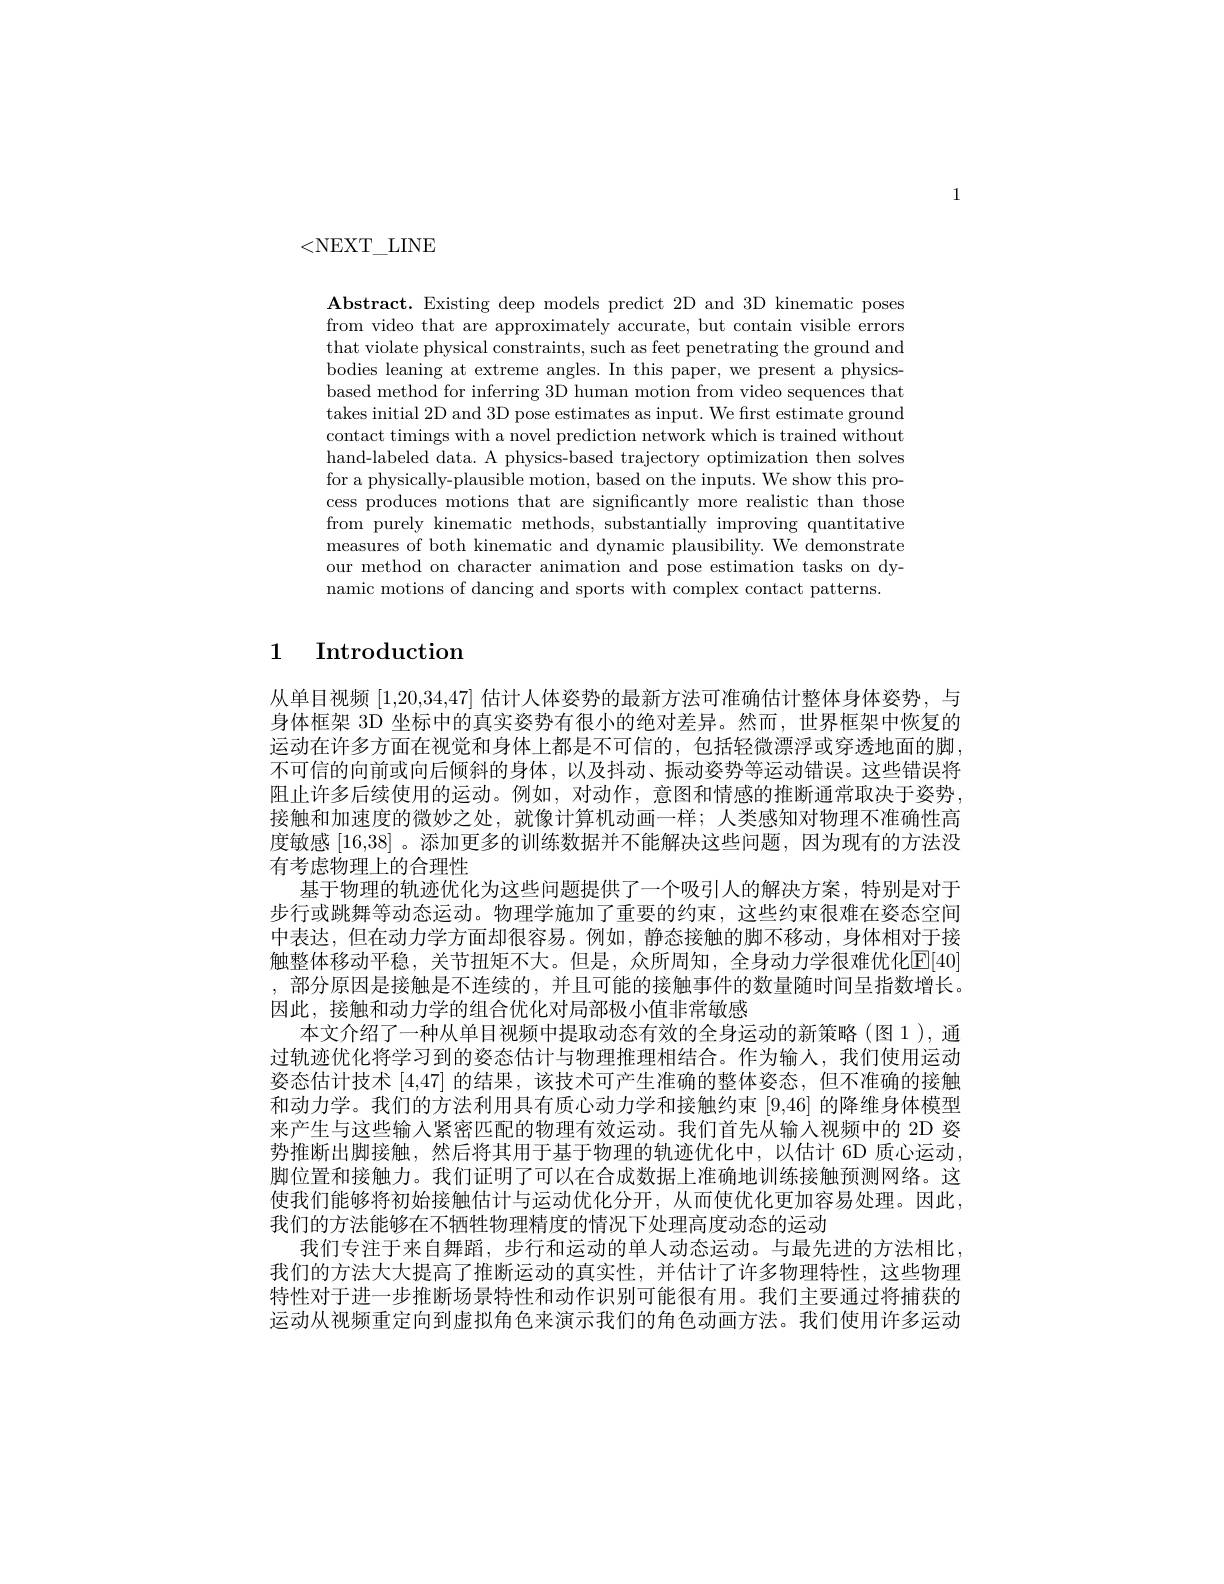
1

<NEXT\_LINE

$\textbf{Abstract. Existing deep models predict 2D and 3D kinematic poses}$ from video that are approximately accurate, but contain visible errors that violate physical constraints, such as feet penetrating the ground and bodies leaning at extreme angles. In this paper, we present a physicsbased method for inferring 3D human motion from video sequences that takes initial 2D and 3D pose estimates as input. We first estimate ground contact timings with a novel prediction network which is trained without hand-labeled data. A physics-based trajectory optimization then solves for a physically-plausible motion, based on the inputs. We show this process produces motions that are significantly more realistic than those from purely kinematic methods, substantially improving quantitative measures of both kinematic and dynamic plausibility. We demonstrate our method on character animation and pose estimation tasks on dynamic motions of dancing and sports with complex contact patterns.

# 1 Introduction

从单目视频[1,20,34,47]估计人体姿势的最新方法可准确估计整体身体姿势，与身体框架 3D 坐标中的真实姿势有很小的绝对差异。然而，世界框架中恢复的运动在许多方面在视觉和身体上都是不可信的，包括轻微漂浮或穿透地面的脚， 不可信的向前或向后倾斜的身体，以及抖动、振动姿势等运动错误。这些错误将阻止许多后续使用的运动。例如，对动作，意图和情感的推断通常取决于姿势， 接触和加速度的微妙之处，就像计算机动画一样；人类感知对物理不准确性高度敏感[16,38]。添加更多的训练数据并不能解决这些问题，因为现有的方法没有考虑物理上的合理性
基于物理的轨迹优化为这些问题提供了一个吸引人的解决方案，特别是对于步行或跳舞等动态运动。物理学施加了重要的约束，这些约束很难在姿态空间中表达，但在动力学方面却很容易。例如，静态接触的脚不移动，身体相对于接触整体移动平稳，关节扭矩不大。但是，众所周知，全身动力学很难优化[E[40] ,部分原因是接触是不连续的，并且可能的接触事件的数量随时间呈指数增长。因此，接触和动力学的组合优化对局部极小值非常敏感
本文介绍了一种从单目视频中提取动态有效的全身运动的新策略(图 1 ),通过轨迹优化将学习到的姿态估计与物理推理相结合。作为输人，我们使用运动姿态估计技术[4,47]的结果，该技术可产生准确的整体姿态，但不淮确的接触和动力学。我们的方法利用具有质心动力学和接触约束[9,46]的降维身体模型来产生与这些输入紧密匹配的物理有效运动。我们首先从输入视频中的 2D 姿势推断出脚接触，然后将其用于基于物理的轨迹优化中，以估计 6D 质心运动， 脚位置和接触力。我们证明了可以在合成数据上准确地训练接触预测网络。这使我们能够将初始接触估计与运动优化分开，从而使优化更加容易处理。因此， 我们的方法能够在不牺牲物理精度的情况下处理高度动态的运动
我们专注于来自舞蹈，步行和运动的单人动态运动。与最先进的方法相比我们的方法大大提高了推断运动的真实性，并估计了许多物理特性，这些物理特性对于进一步推断场景特性和动作识别可能很有用。我们主要通过将捕获的运动从视频重定向到虚拟角色来演示我们的角色动画方法。我们使用许多运动